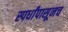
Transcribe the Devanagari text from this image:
स्पर्धांपासूनच